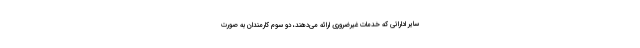
سایر اداراتی که خدمات غیرضروری ارائه می‌دهند، دو سوم کارمندان به صورت